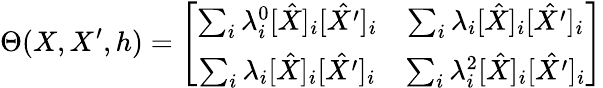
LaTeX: \Theta(X,X^{\prime},h)=\left[{\begin{array}{cc}{\sum_{i}\lambda_{i}^{0}[\hat{X}]_{i}[\hat{X^{\prime}}]_{i}}&{\sum_{i}\lambda_{i}[\hat{X}]_{i}[\hat{X^{\prime}}]_{i}}\\ {\sum_{i}\lambda_{i}[\hat{X}]_{i}[\hat{X^{\prime}}]_{i}}&{\sum_{i}\lambda_{i}^{2}[\hat{X}]_{i}[\hat{X^{\prime}}]_{i}}\end{array}}\right]